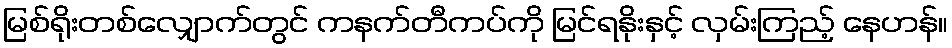
မြစ်ရိုးတစ်လျှောက်တွင် ကနက်တီကပ်ကို မြင်ရနိုးနှင့် လှမ်းကြည့် နေဟန်။